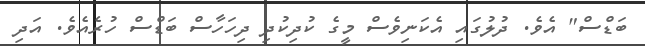
ބަޑްސް" އެވެ. ދުލުގައި އެކަނިވެސް މީގެ ކުދިކުދި ދިހަހާސް ބަޑްސް ހުރެއެވެ. އަދި